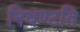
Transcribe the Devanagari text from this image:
निघण्टति